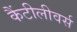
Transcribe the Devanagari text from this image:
कैंटीलीवर्स